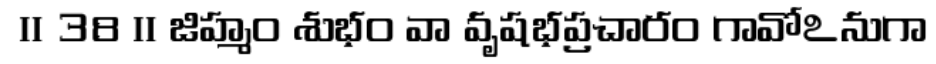
॥ 38 ॥ జిహ్మం శుభం వా వృషభప్రచారం గావోఽనుగా